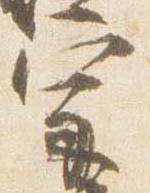
宗